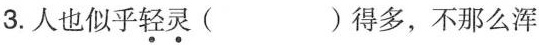
3.人也似乎轻灵( )得多，不那么浑